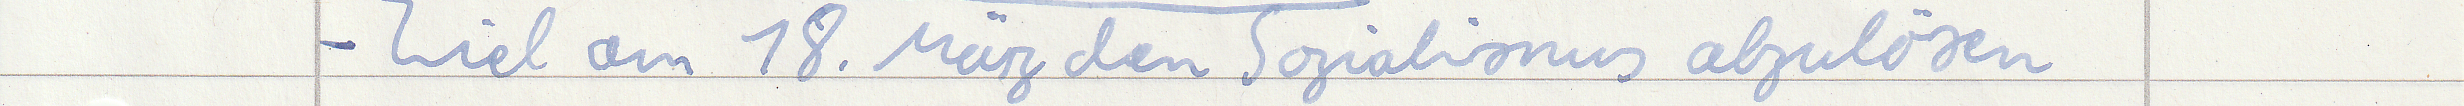
- Ziel am 18. März den Sozialismus abzulösen